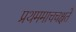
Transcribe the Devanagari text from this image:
प्रथममाचचक्षते